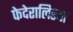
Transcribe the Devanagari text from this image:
फेदेरालिस्ता